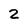
Character: 2